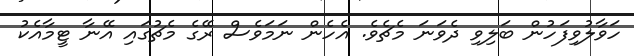
ހަވާލުވިފަހުން ބަލިވި ދެވަނަ މެޗެވެ. އެހެން ނަމަވެސް ރޭގެ މެޗުގައި އޭނާ ޓީމާއެކު